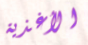
الأغذية